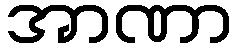
အာဏာ